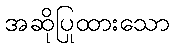
အဆိုပြုထားသော